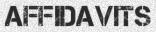
AFFIDAVITS